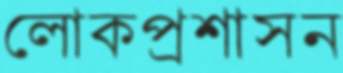
লোকপ্রশাসন